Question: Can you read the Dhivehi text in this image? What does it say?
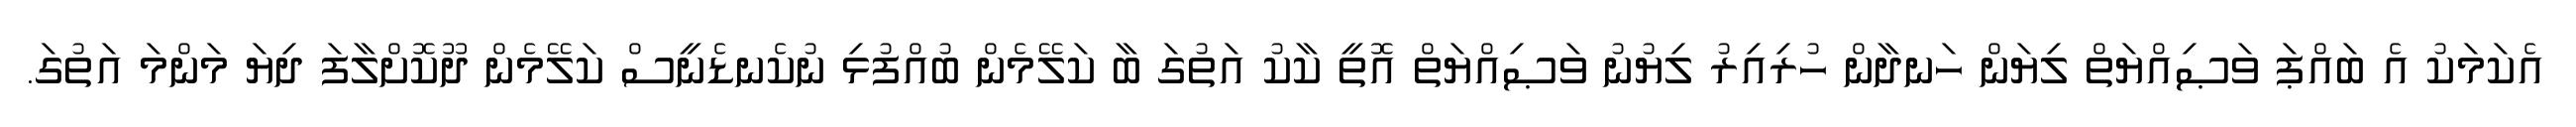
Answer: އެކަމަކު އެ ބައްޕަ ވަޞިއްޔަތް ލިޔަން ހަނދާން ހުރިއިރު ލިޔުނު ވަޞިއްޔަތް އޮތީ ކާކު އަތުގަ ބާ ކަލޭމެން ބުއްފުޅި ނުކެނޑެނީސް ކަލޭމެން ދޫކޮށްލާފަ ދިޔަ މަންމަ އަތުގަ.